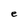
Character: e